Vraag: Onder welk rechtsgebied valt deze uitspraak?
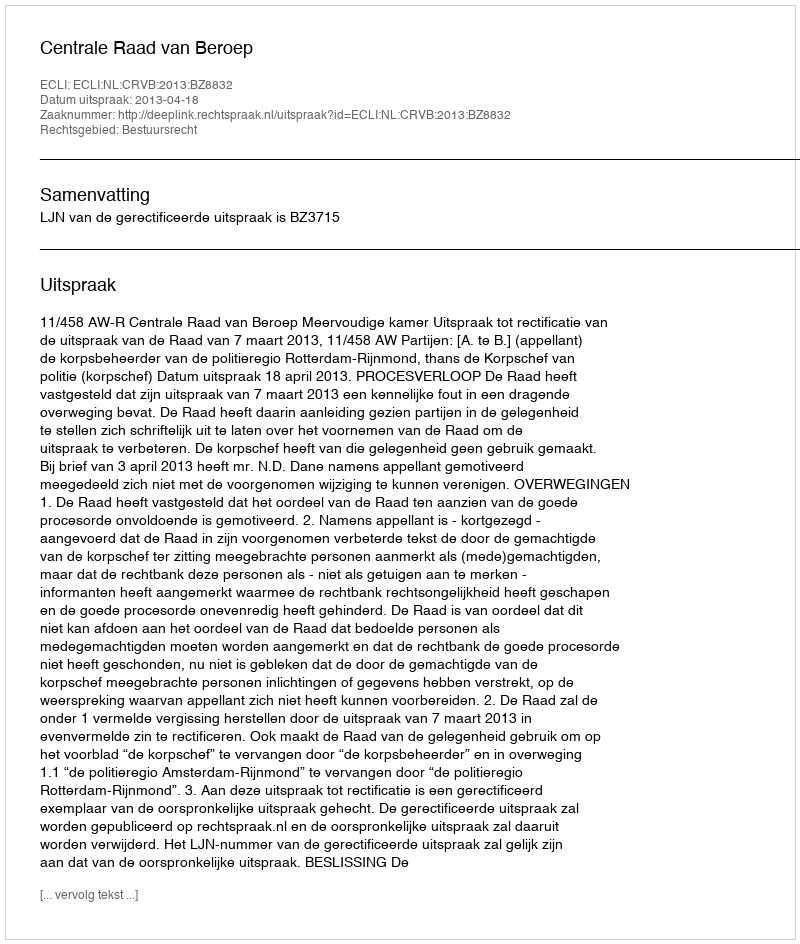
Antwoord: Bestuursrecht